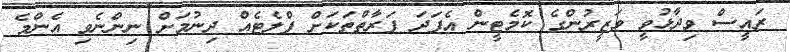
ރައީސް ވިދާޅުވީ ވަޒީރުންގެ ކޮމެޓީން އެފަދަ ފަރާތްތަކަށް ފްލެޓެއް ދިނުމަށް ނިންނެވި އެންމެ